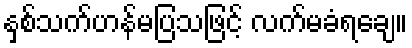
နှစ်သက်ဟန်မပြသဖြင့် လက်မခံရချေ။